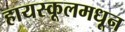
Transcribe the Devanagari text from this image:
हायस्‍कूलमधून